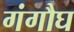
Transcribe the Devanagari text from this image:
गंगौघ